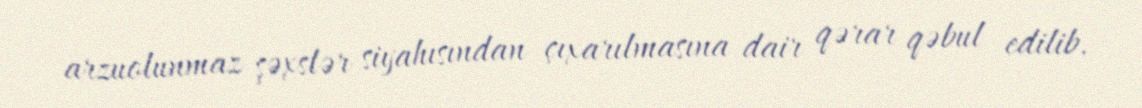
arzuolunmaz şəxslər siyahısından çıxarılmasına dair qərar qəbul edilib.